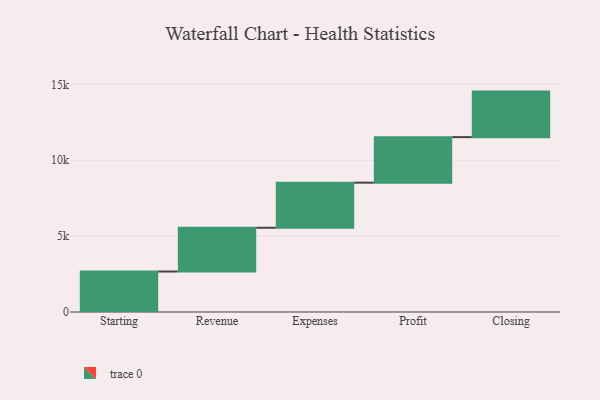
{"axis": {"x": "Step", "y": "Value"}, "legend": [""], "data": [{"x": "Starting", "y": 2669.0, "type": ""}, {"x": "Revenue", "y": 2882.0, "type": ""}, {"x": "Expenses", "y": 2972.0, "type": ""}, {"x": "Profit", "y": 3000, "type": ""}, {"x": "Closing", "y": 3000, "type": ""}]}